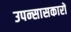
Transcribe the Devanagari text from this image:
उपन्सासकारों